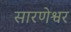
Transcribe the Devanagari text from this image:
सारणेश्वर